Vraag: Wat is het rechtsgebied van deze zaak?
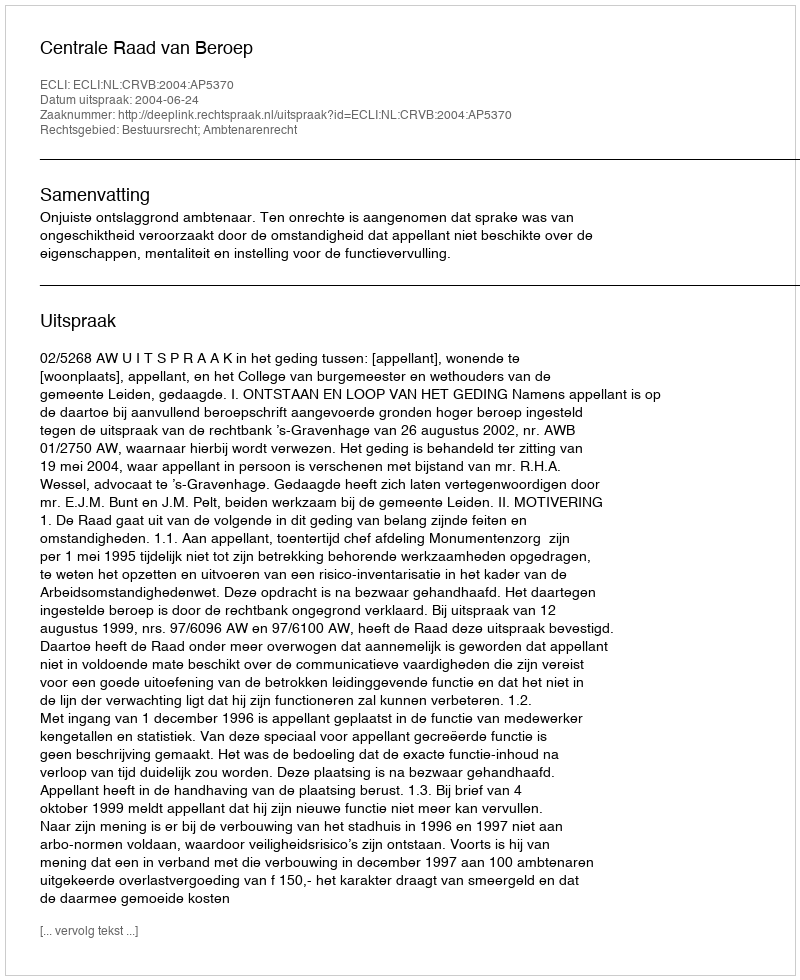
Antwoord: Bestuursrecht; Ambtenarenrecht